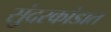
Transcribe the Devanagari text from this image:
सुंदरकांडात